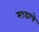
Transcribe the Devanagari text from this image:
माडाचे